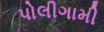
પોલીગામી